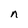
Character: n